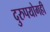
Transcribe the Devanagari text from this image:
दुरुपयोगही